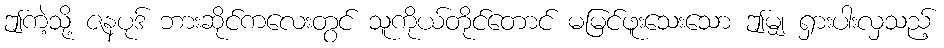
ဤကဲ့သို့ ဇနပုဒ် ဘားဆိုင်ကလေးတွင် သူကိုယ်တိုင်တောင် မမြင်ဖူးသေးသော ဤမျှ ရှားပါးလှသည့်